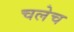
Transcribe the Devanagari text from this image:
चलेच